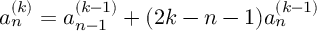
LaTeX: a _ { n } ^ { ( k ) } = a _ { n - 1 } ^ { ( k - 1 ) } + ( 2 k - n - 1 ) a _ { n } ^ { ( k - 1 ) }